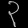
Digit: ၃